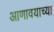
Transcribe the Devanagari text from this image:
आणावयाच्या